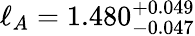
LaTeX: \ell_{A}=1.480_{-0.047}^{+0.049}